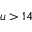
u > 1 4